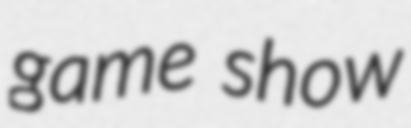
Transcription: game show